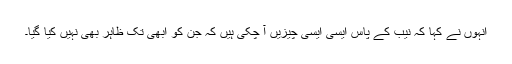
انہوں نے کہا کہ نیب کے پاس ایسی ایسی چیزیں آ چکی ہیں کہ جن کو ابھی تک ظاہر بھی نہیں کیا گیا۔